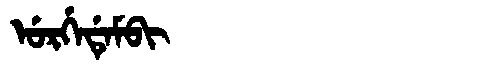
Manchu: ᡠᡵᡤᡝᡩᡝᠮᠪᡳ
Romanization: URGEDEMBI